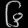
Digit: ၆